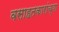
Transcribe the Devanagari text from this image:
वसाहतकारांच्या